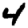
Digit: 4